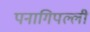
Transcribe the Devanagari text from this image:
पनागिपल्ली